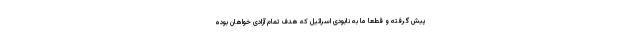
پیش گرفته و قطعا ما به نابودی اسرائیل که هدف تمام آزادی خواهان بوده